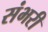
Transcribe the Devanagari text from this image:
संभरी